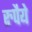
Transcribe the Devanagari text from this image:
रुपैये